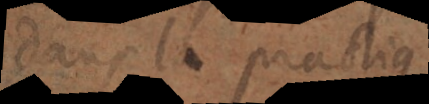
dans la practique